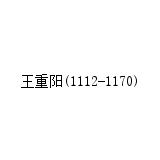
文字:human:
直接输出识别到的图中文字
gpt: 王重阳(1112-1170)